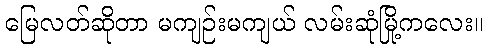
မြေလတ်ဆိုတာ မကျဉ်းမကျယ် လမ်းဆုံမြို့ကလေး။